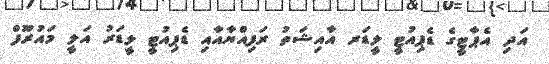
އަދި އެޕާޓީގެ ޑެޕިއުޓީ ލީޑަރ އާއިޝަތު ރަފިއްޔާއާއި ޑެޕިއުޓީ ލީޑަރު އަލީ މައުރޫފް